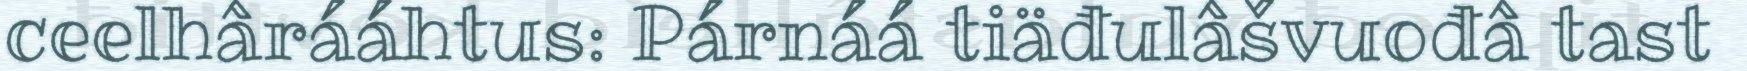
ceelhârááhtus: Párnáá tiäđulâšvuođâ tast